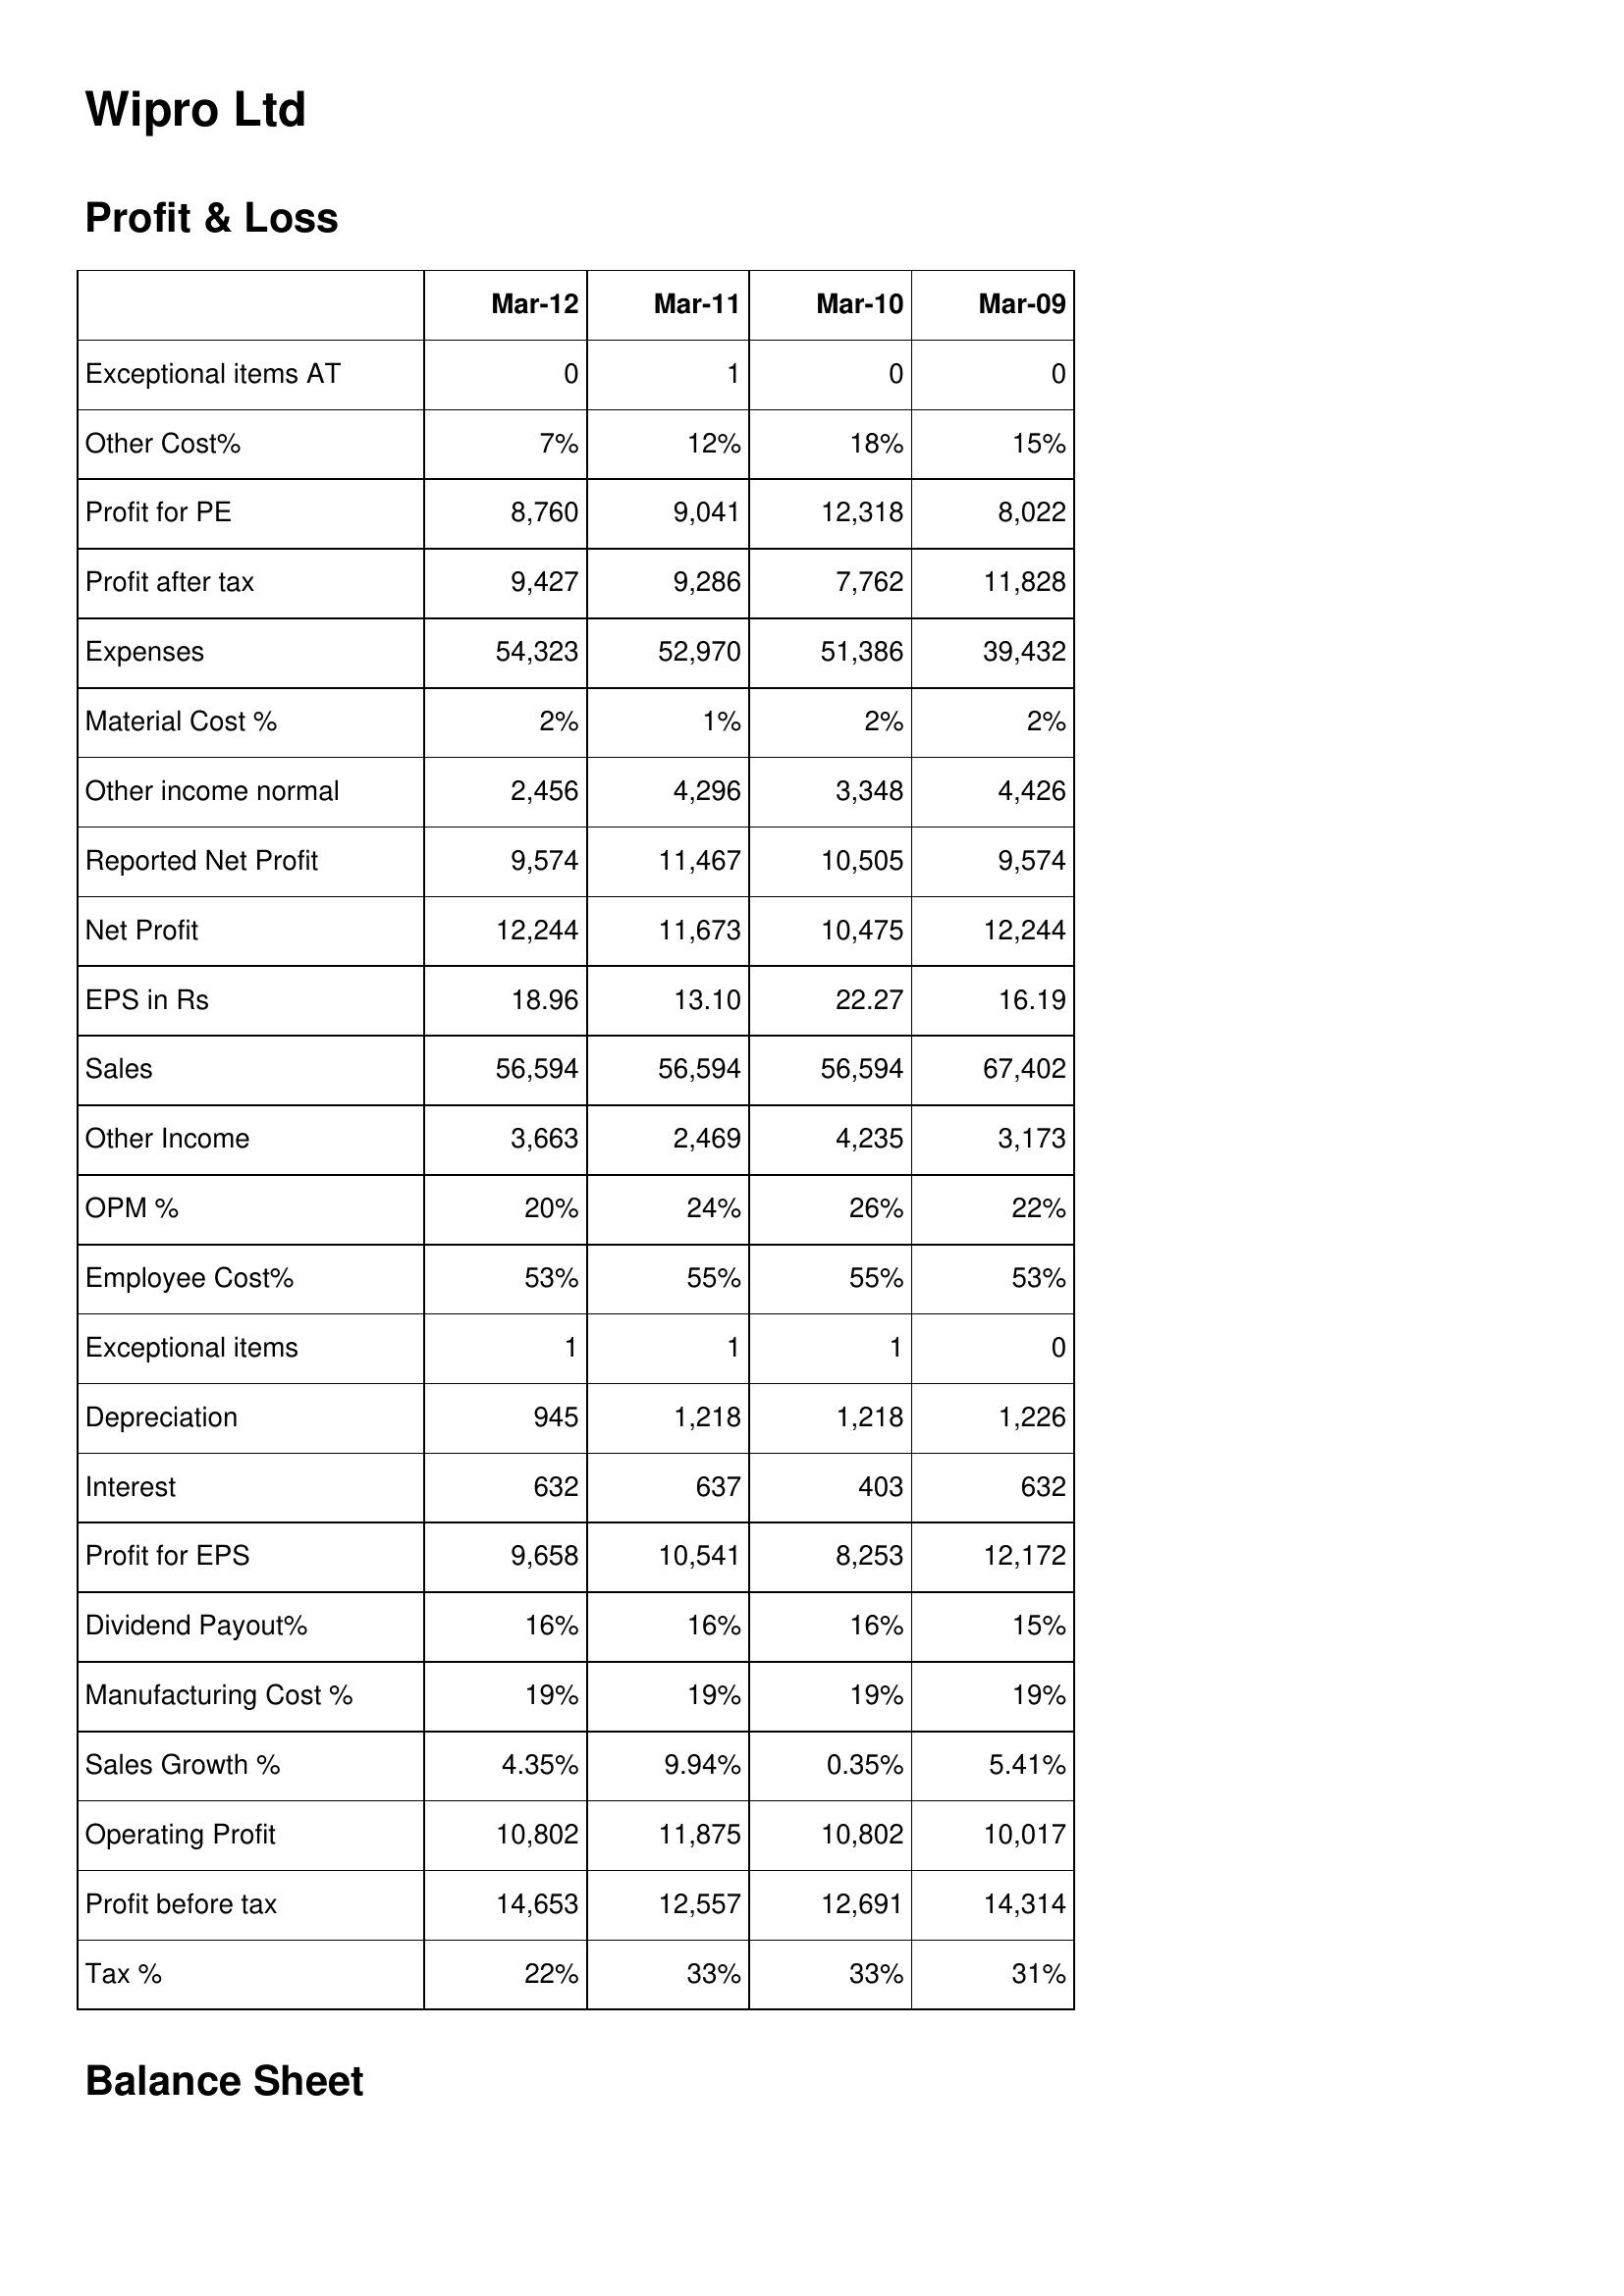
Mar-12: Profit & Loss: Exceptional items AT: 0
Other Cost%: 7%
Profit for PE: 8,760
Profit after tax: 9,427
Expenses: 54,323
Material Cost %: 2%
Other income normal: 2,456
Reported Net Profit: 9,574
Net Profit: 12,244
EPS in Rs: 18.96
Sales: 56,594
Other Income: 3,663
OPM %: 20%
Employee Cost%: 53%
Exceptional items: 1
Depreciation: 945
Interest: 632
Profit for EPS: 9,658
Dividend Payout%: 16%
Manufacturing Cost %: 19%
Sales Growth %: 4.35%
Operating Profit: 10,802
Profit before tax: 14,653
Tax %: 22%
Mar-11: Profit & Loss: Exceptional items AT: 1
Other Cost%: 12%
Profit for PE: 9,041
Profit after tax: 9,286
Expenses: 52,970
Material Cost %: 1%
Other income normal: 4,296
Reported Net Profit: 11,467
Net Profit: 11,673
EPS in Rs: 13.10
Sales: 56,594
Other Income: 2,469
OPM %: 24%
Employee Cost%: 55%
Exceptional items: 1
Depreciation: 1,218
Interest: 637
Profit for EPS: 10,541
Dividend Payout%: 16%
Manufacturing Cost %: 19%
Sales Growth %: 9.94%
Operating Profit: 11,875
Profit before tax: 12,557
Tax %: 33%
Mar-10: Profit & Loss: Exceptional items AT: 0
Other Cost%: 18%
Profit for PE: 12,318
Profit after tax: 7,762
Expenses: 51,386
Material Cost %: 2%
Other income normal: 3,348
Reported Net Profit: 10,505
Net Profit: 10,475
EPS in Rs: 22.27
Sales: 56,594
Other Income: 4,235
OPM %: 26%
Employee Cost%: 55%
Exceptional items: 1
Depreciation: 1,218
Interest: 403
Profit for EPS: 8,253
Dividend Payout%: 16%
Manufacturing Cost %: 19%
Sales Growth %: 0.35%
Operating Profit: 10,802
Profit before tax: 12,691
Tax %: 33%
Mar-09: Profit & Loss: Exceptional items AT: 0
Other Cost%: 15%
Profit for PE: 8,022
Profit after tax: 11,828
Expenses: 39,432
Material Cost %: 2%
Other income normal: 4,426
Reported Net Profit: 9,574
Net Profit: 12,244
EPS in Rs: 16.19
Sales: 67,402
Other Income: 3,173
OPM %: 22%
Employee Cost%: 53%
Exceptional items: 0
Depreciation: 1,226
Interest: 632
Profit for EPS: 12,172
Dividend Payout%: 15%
Manufacturing Cost %: 19%
Sales Growth %: 5.41%
Operating Profit: 10,017
Profit before tax: 14,314
Tax %: 31%